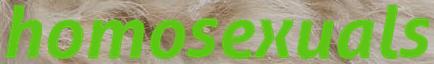
homosexuals